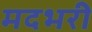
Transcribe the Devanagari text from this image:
मदभरी